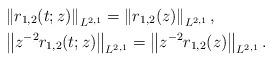
LaTeX: \begin{align*}&\left\|r_{1,2}(t;z)\right\|_{L^{2,1}}=\left\|r_{1,2}(z)\right\|_{L^{2,1}}, \\&\left\|z^{-2}r_{1,2}(t;z)\right\|_{L^{2,1}}=\left\|z^{-2}r_{1,2}(z)\right\|_{L^{2,1}}.\end{align*}